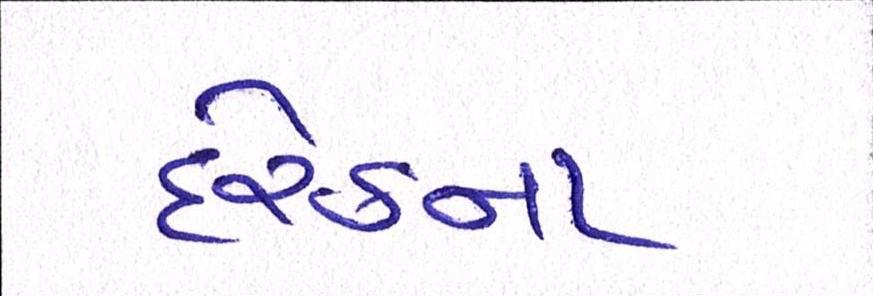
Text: દરેકના